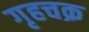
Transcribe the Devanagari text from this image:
गृहचक्र